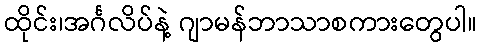
ထိုင်း၊အင်္ဂလိပ်နဲ့ ဂျာမန်ဘာသာစကားတွေပါ။